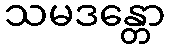
သမဒန္တော